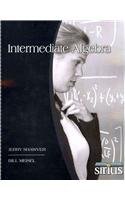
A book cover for MAT1033: Intermediate Algebra w/CD (Beta); FCCJ; Test Preparation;